Assam Mental Hospital (Tezpur, India) - 1933-1948
Year: 1933
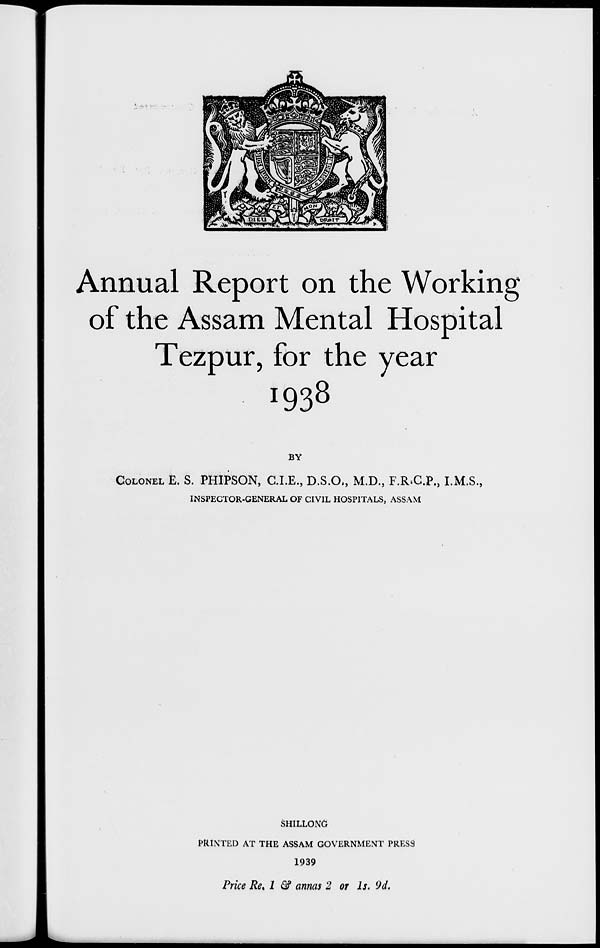
Annual Report on the Working
of the Assam Mental Hospital
Tezpur, for the year
1938
BY
COLONEL E. S. PHIPSON, C.I.E., D.S.O., M.D., F.R.C.P., I.M.S.,
INSPECTOR-GENERAL OF CIVIL HOSPITALS, ASSAM
SHILLONG
PRINTED AT THE ASSAM GOVERNMENT PRESS
1939
Price Re. 1 & annas 2 or 1s. 9d.